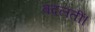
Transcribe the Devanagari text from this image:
बदलतीं।